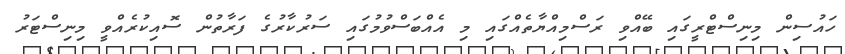
ހައުސިން މިނިސްޓްރީގައި ބޭއްވި ރަސްމިއްޔާތެއްގައި މި އެއްބަސްވުމުގައި ސަރުކާރުގެ ފަރާތުން ސޮއިކުރެއްވީ މިނިސްޓަރު